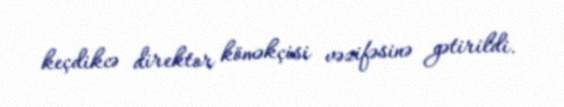
keçdikcə direktor köməkçisi vəzifəsinə gətirildi.